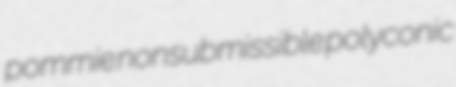
pommie nonsubmissible polyconic